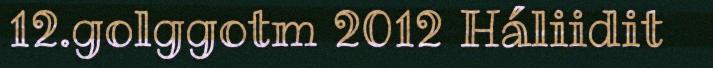
12.golggotm 2012 Háliidit